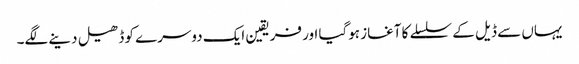
یہاں سے ڈیل کے سلسلے کا آغاز ہوگیا اور فریقین ایک دوسرے کو ڈھیل دینے لگے۔